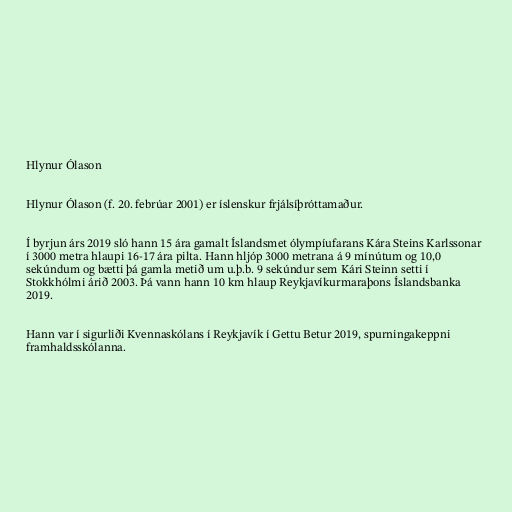
Hlynur Ólason

Hlynur Ólason (f. 20. febrúar 2001) er íslenskur frjálsíþróttamaður.

Í byrjun árs 2019 sló hann 15 ára gamalt Íslandsmet ólympíufarans Kára Steins Karlssonar
í 3000 metra hlaupi 16-17 ára pilta. Hann hljóp 3000 metrana á 9 mínútum og 10,0
sekúndum og bætti þá gamla metið um u.þ.b. 9 sekúndur sem Kári Steinn setti í
Stokkhólmi árið 2003. Þá vann hann 10 km hlaup Reykjavíkurmaraþons Íslandsbanka
2019.

Hann var í sigurliði Kvennaskólans í Reykjavík í Gettu Betur 2019, spurningakeppni
framhaldsskólanna.